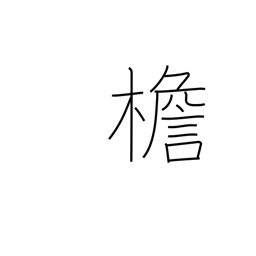
Meaning: eaves